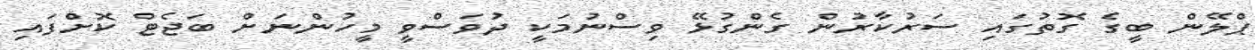
ޕްލޭން ބީގެ ގޮތުގައި ސަރުކާރުން ގެންގުޅޭ ވިސްނުމަކީ ދުވަސްވީ މީހުންނަށް ބަޖެޓް ކޮށްފައި